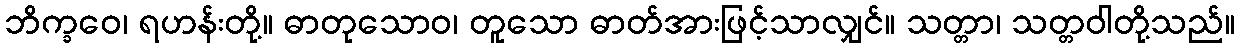
ဘိက္ခဝေ၊ ရဟန်းတို့။ ဓာတုသောဝ၊ တူသော ဓာတ်အားဖြင့်သာလျှင်။ သတ္တာ၊ သတ္တဝါတို့သည်။